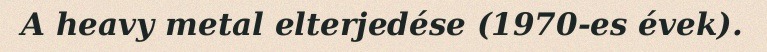
A heavy metal elterjedése (1970-es évek).